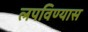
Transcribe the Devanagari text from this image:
लपविण्यास